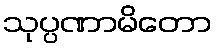
သုပ္ပဏာမိတော